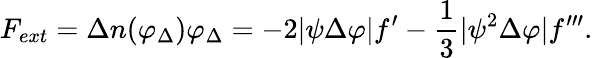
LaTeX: F_{ext}=\Delta n(\varphi_{\Delta})\varphi_{\Delta}=-2|\psi\Delta\varphi|f^{\prime}-{\frac{1}{3}}|\psi^{2}\Delta\varphi|f^{\prime\prime\prime}.